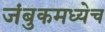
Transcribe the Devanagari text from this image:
जंबुकमध्येच